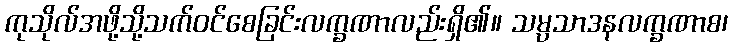
ကုသိုလ်အဖို့သို့သက်ဝင်စေခြင်းလက္ခဏာလည်းရှိ၏။ သမ္ပသာဒနလက္ခဏာစ၊